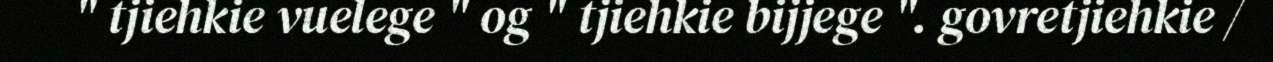
" tjiehkie vuelege " og " tjiehkie bijjege ". govretjiehkie /